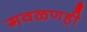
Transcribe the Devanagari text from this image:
गवळणही